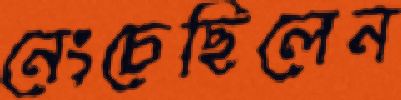
নেংচেছিলেন